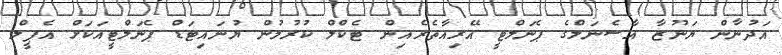
އަދުނާން ޔަނޫޒާ އާސެނަލްގެ ޕެނަލްޓީ އޭރިއާތެރެއިން ޓެކްލް ކުރުމުން ޔުނައިޓަޑް ޕެނަލްޓީއަކަށް އެޕީލް